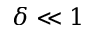
\delta \ll 1